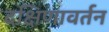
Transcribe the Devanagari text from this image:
दक्षिणावर्तन